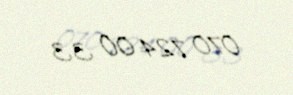
070 724 00 33